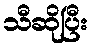
သီဆိုပြီး